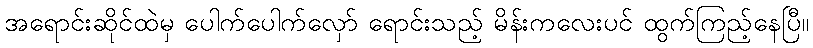
အရောင်းဆိုင်ထဲမှ ပေါက်ပေါက်လှော် ရောင်းသည့် မိန်းကလေးပင် ထွက်ကြည့်နေပြီ။